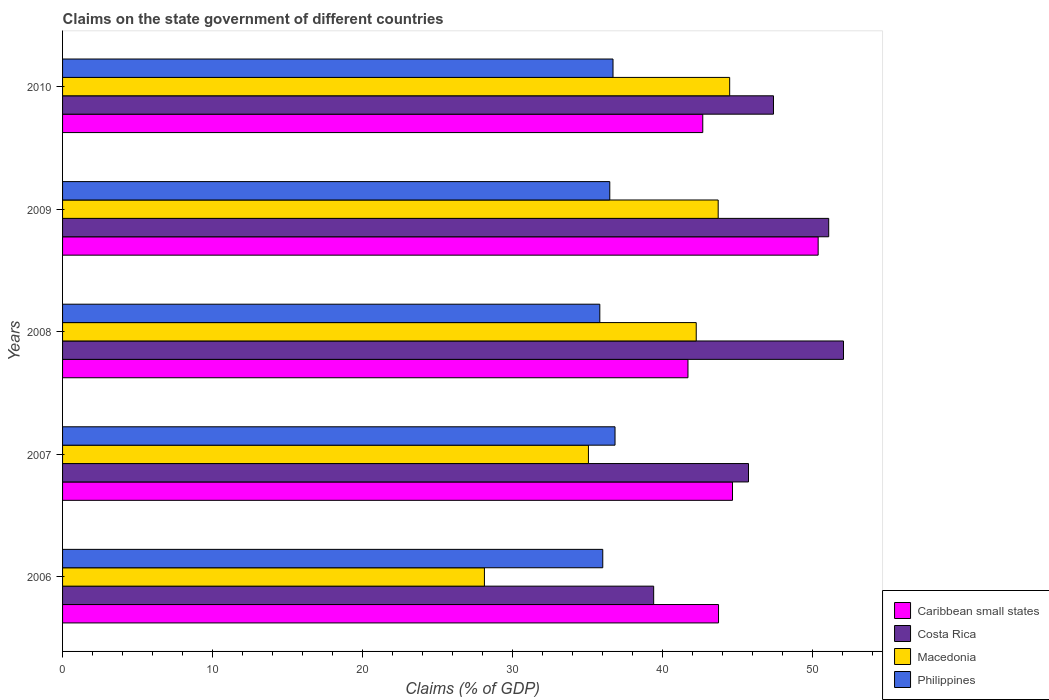
| Years | Caribbean small states | Costa Rica | Macedonia | Philippines |
 | --- | --- | --- | --- | --- |
 | 2006 | 43.7 | 39.4 | 28.1 | 36 |
 | 2007 | 44.7 | 45.7 | 35.1 | 36.8 |
 | 2008 | 41.7 | 52.1 | 42.2 | 35.8 |
 | 2009 | 50.4 | 51.1 | 43.7 | 36.5 |
 | 2010 | 42.7 | 47.4 | 44.5 | 36.7 |